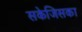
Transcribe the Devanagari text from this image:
सकेजिसका